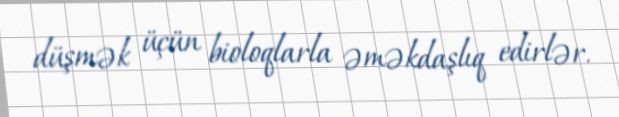
düşmək üçün bioloqlarla əməkdaşlıq edirlər.